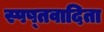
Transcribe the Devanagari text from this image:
स्पष्तवादिता